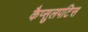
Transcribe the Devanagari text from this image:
कैप्सुलपटिस